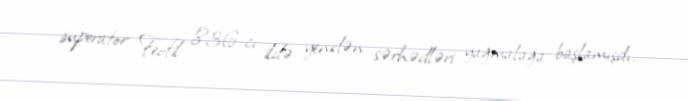
imperator Feofil 836-cı ildə yenidən sərhədləri yağmalağa başlamışdı.